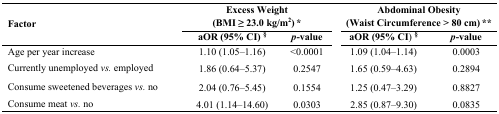
| <ROWSPAN=2> Factor | <COLSPAN=2> Excess Weight (BMI ≥ 23.0 kg/m2) * |  | <COLSPAN=2> Abdominal Obesity (Waist Circumference > 80 cm) ** |
 | aOR (95% CI) § | p-value |  | aOR (95% CI) § | p-value |
 | --- | --- | --- | --- | --- | --- |
 | Age per year increase | 1.10 (1.05–1.16) | <0.0001 |  | 1.09 (1.04–1.14) | 0.0003 |
 | Currently unemployed vs. employed | 1.86 (0.64–5.37) | 0.2547 |  | 1.65 (0.59–4.63) | 0.2894 |
 | Consume sweetened beverages vs. no | 2.04 (0.76–5.45) | 0.1554 |  | 1.25 (0.47–3.29) | 0.8827 |
 | Consume meat vs. no | 4.01 (1.14–14.60) | 0.0303 |  | 2.85 (0.87–9.30) | 0.0835 |